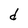
Character: d